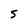
Character: S